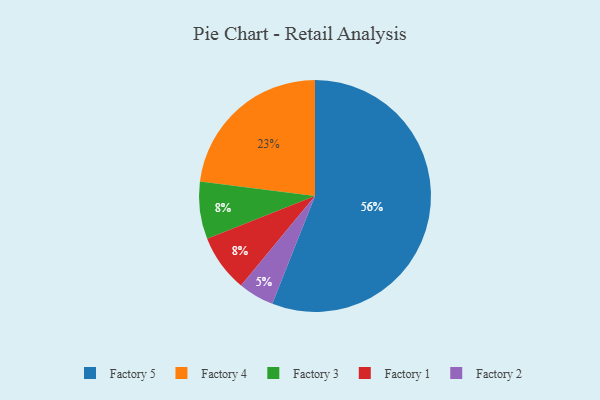
{"axis": {"x": "Category", "y": "Percentage"}, "legend": ["Factory 1", "Factory 2", "Factory 3", "Factory 4", "Factory 5"], "data": [{"x": "Factory 3", "y": 8, "type": "Factory 3"}, {"x": "Factory 1", "y": 8, "type": "Factory 1"}, {"x": "Factory 4", "y": 23, "type": "Factory 4"}, {"x": "Factory 2", "y": 5, "type": "Factory 2"}, {"x": "Factory 5", "y": 56, "type": "Factory 5"}]}